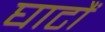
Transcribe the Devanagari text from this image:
घाटौं